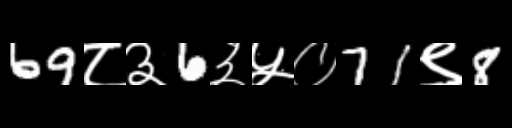
Text: 69८३6३५०71९8